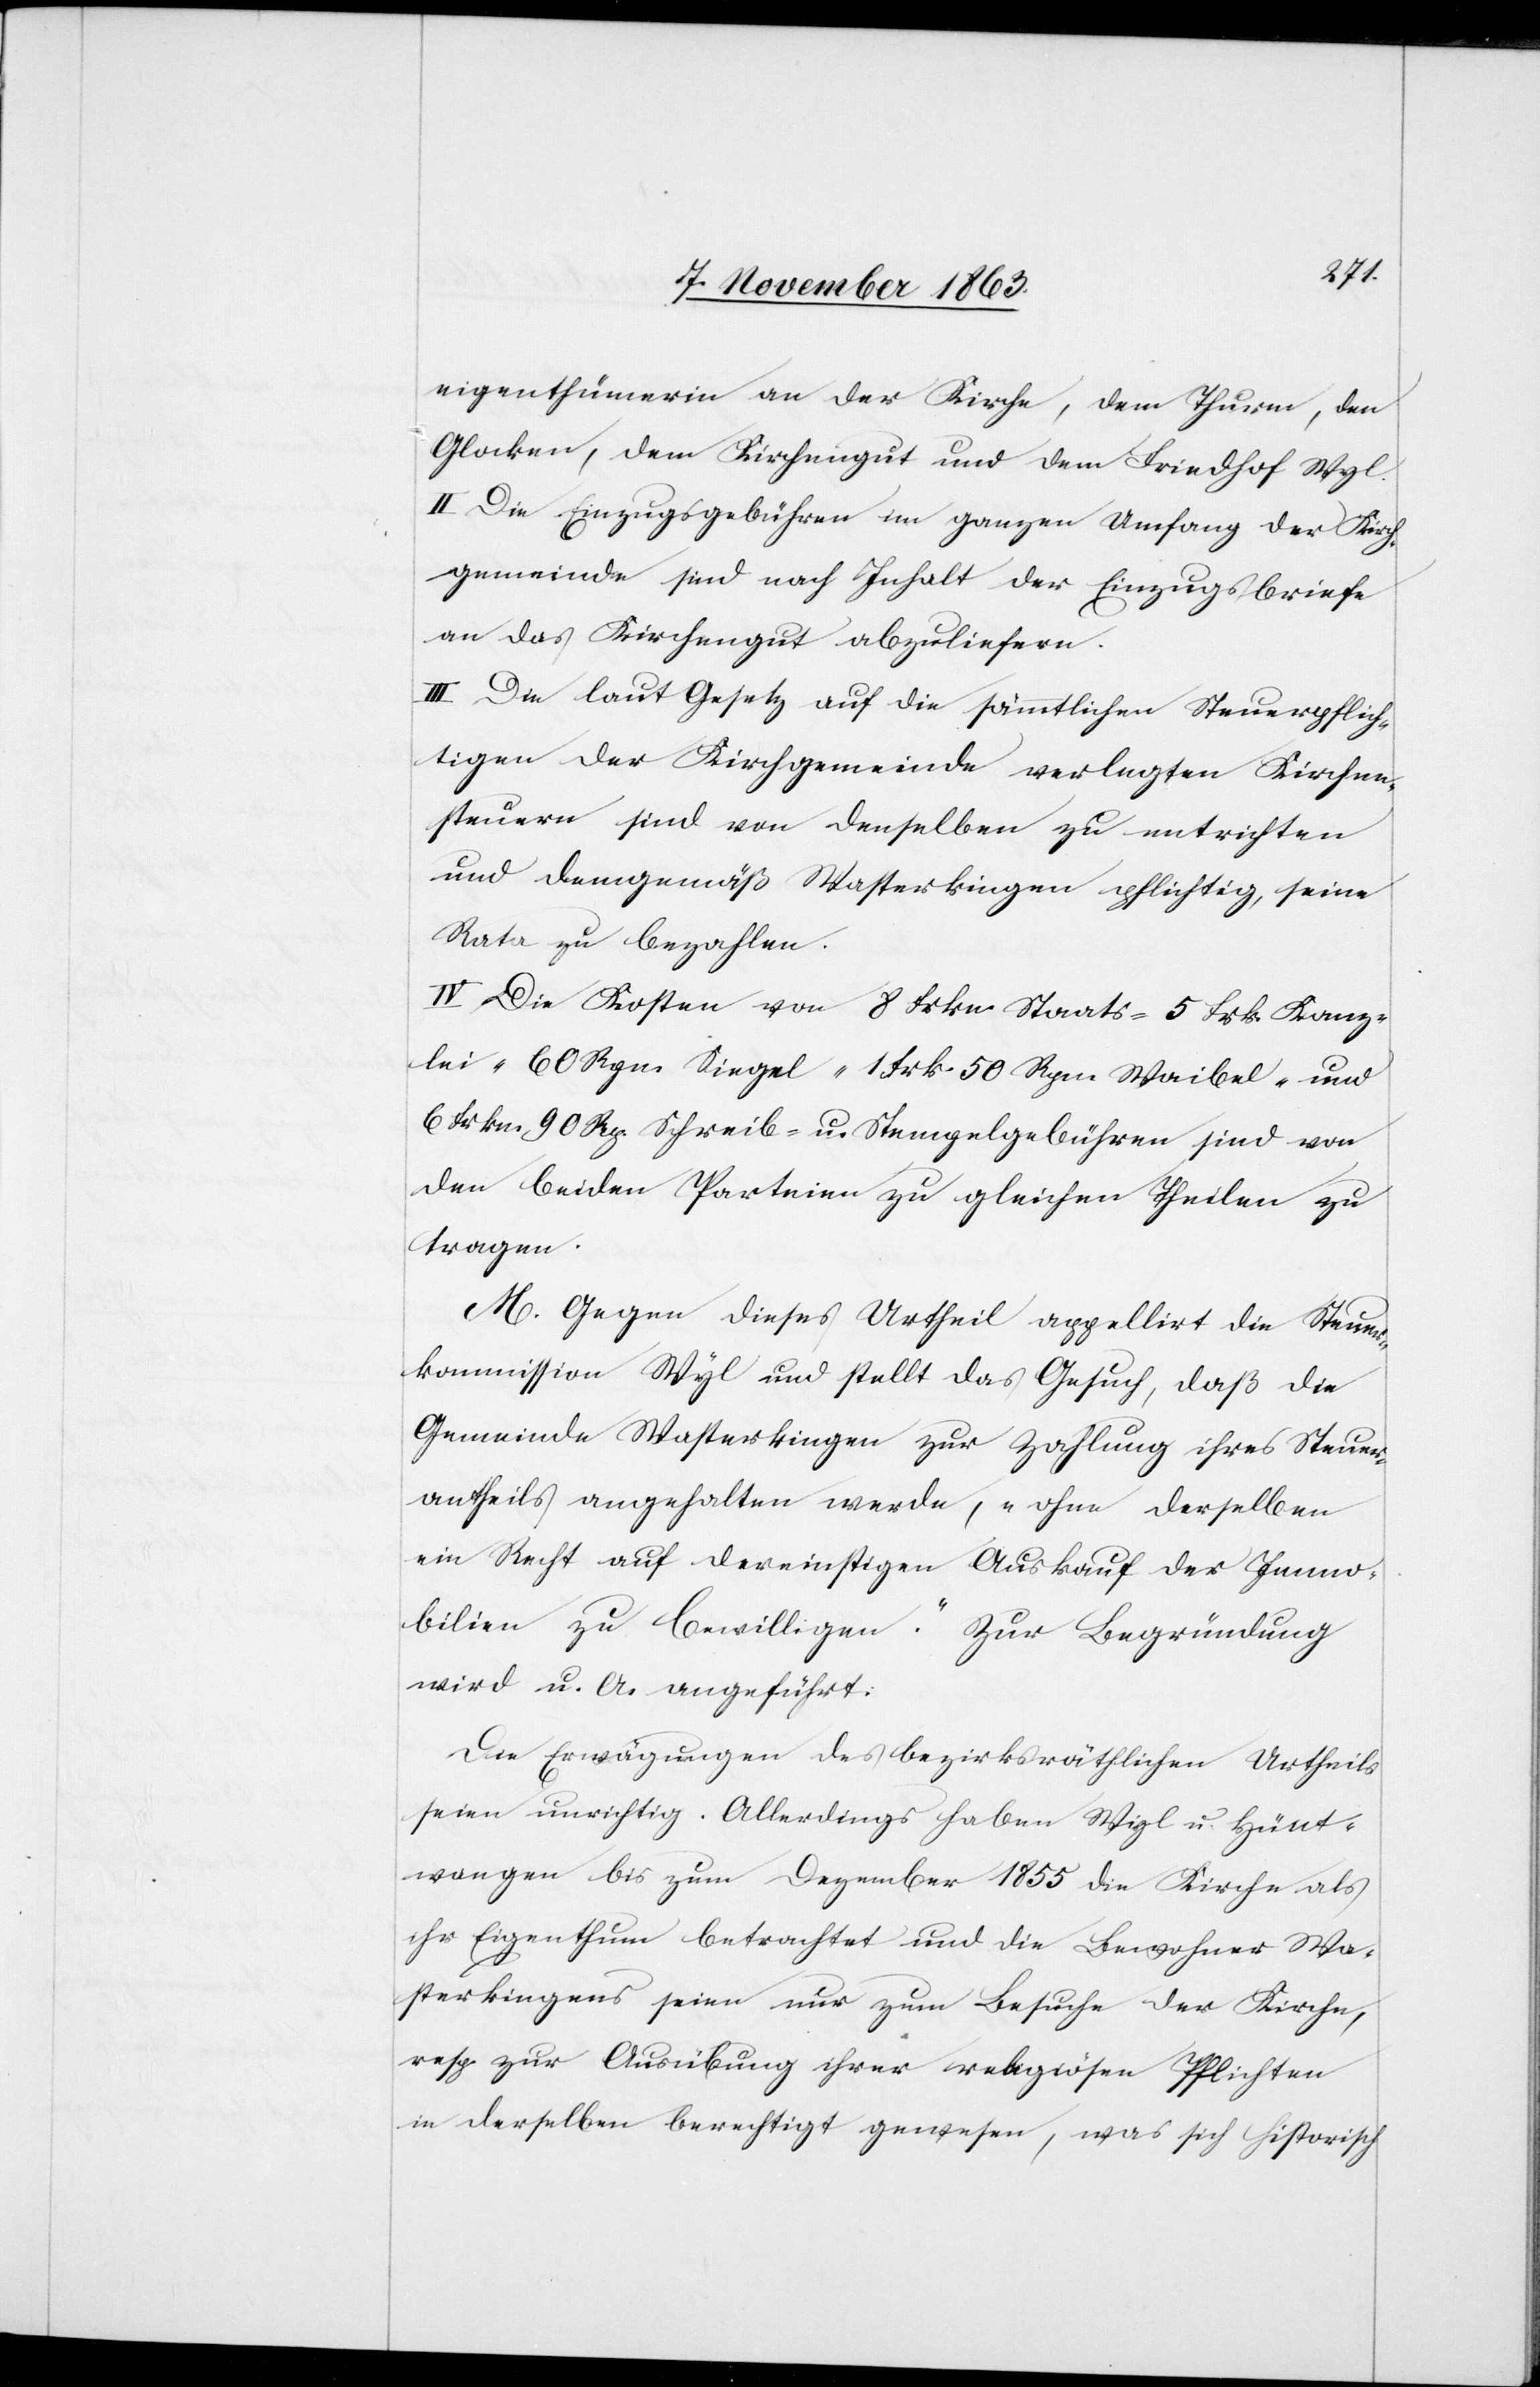
eigenthümerin an der Kirche, dem Thurm, den
Glocken, dem Kirchengut und dem Friedhof Wyl.
II. Die Einzugsgebühren im ganzen Umfang der Kirch¬
gemeinde sind nach Inhalt der Einzugsbriefe
an das Kirchengut abzuliefern.
III. Die laut Gesetz auf die sämmtlichen Steuerpflich¬
tigen der Kirchgemeinde verlegten Kirchen¬
steuern sind von denselben zu entrichten
und demgemäß Wasterkingen pflichtig, seine
Rata zu bezahlen.
IV. Die Kosten von 8 Frkn. Staats-[,] 5 Frk. Kanz¬
lei-[,] 60 Rpn. Siegel-[,] 1 Frk. 50 Rpn. Waibel- und
6 Frkn. 90 Rp. Schreib- u. Stempelgebühren sind von
den beiden Parteien zu gleichen Theilen zu
tragen.
M. Gegen dieses Urtheil appellirt die Steuer¬
kommission Wyl und stellt das Gesuch, daß die
Gemeinde Wasterkingen zur Zahlung ihres Steuer¬
antheils angehalten werde, „ohne derselben
ein Recht auf dereinstigen Auskauf der Immo¬
bilien zu bewilligen“. Zur Begründung
wird u. A. angeführt:
Die Erwägungen des bezirksräthlichen Urtheils
seien unrichtig. Allerdings haben Wyl u. Hünt¬
wangen bis zum Dezember 1855 die Kirche als
ihr Eigenthum betrachtet und die Bewohner Wa¬
sterkingens seien nur zum Besuche der Kirchen,
resp. zur Ausübung ihrer religiösen Pflichten
in derselben berechtigt gewesen, was sich historisch